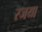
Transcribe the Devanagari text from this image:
रजया